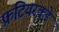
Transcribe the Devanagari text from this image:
फ्रंटियरकडे